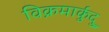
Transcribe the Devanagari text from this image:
विक्रमार्कुदु